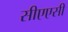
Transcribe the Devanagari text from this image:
सीएएसी